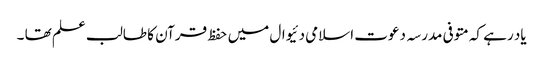
یاد رہے کہ متوفی مدرسہ دعوت اسلامی دئیوال میں حفظ قرآن کا طالب علم تھا ۔